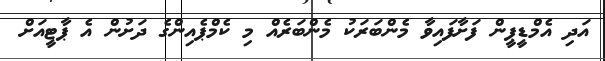
އަދި އެމްޑީޕީން ފަށާފައިވާ މެންބަރަކު މެންބަރެއް މި ކެމްޕެއިންގެ ދަށުން އެ ޕާޓީއަށް